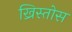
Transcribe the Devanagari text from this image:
ख्रिस्तोस